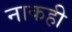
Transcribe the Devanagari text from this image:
नाकही